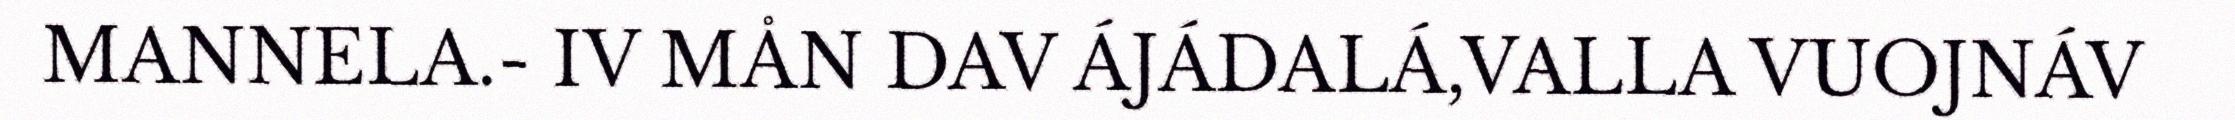
MANNELA.- IV MÅN DAV ÁJÁDALÁ,VALLA VUOJNÁV